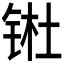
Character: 𬭊